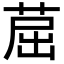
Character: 䓛